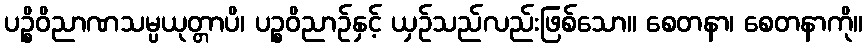
ပဉ္စိဝိညာဏသမ္ပယုတ္တာပိ၊ ပဉ္စဝိညာဉ်နှင့် ယှဉ်သည်လည်းဖြစ်သော။ စေတနာ၊ စေတနာကို။